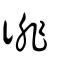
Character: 徘